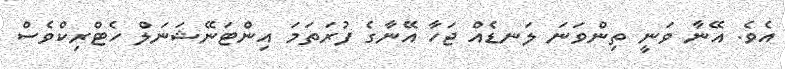
އެވެ. އޭނާ ވަނީ ތިންވަނަ ލަނޑެއް ޖަހާ އޭނާގެ ފުރަތަމަ އިންޓަނޭޝަނަލް ހެޓްރިކްވެސް